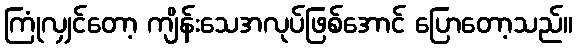
ကြုံလျှင်တော့ ကျိန်းသေအလုပ်ဖြစ်အောင် ပြောတော့သည်။